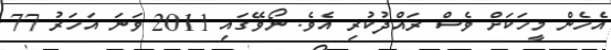
އެހެން މީހަކަށް ވެސް ރައްދުކުރި އެވެ. ނޯވޭގައި 2011 ވަނަ އަހަރު 77